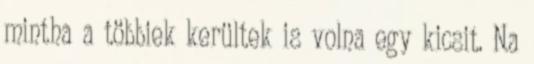
mintha a többiek kerültek is volna egy kicsit. Na